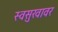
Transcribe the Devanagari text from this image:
स्वसुखावर